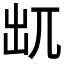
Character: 𠒄